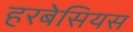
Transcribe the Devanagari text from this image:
हरबेसियस